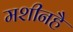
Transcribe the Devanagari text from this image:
मशीनहै